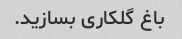
باغ گلکاری بسازید.